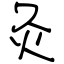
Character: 灸